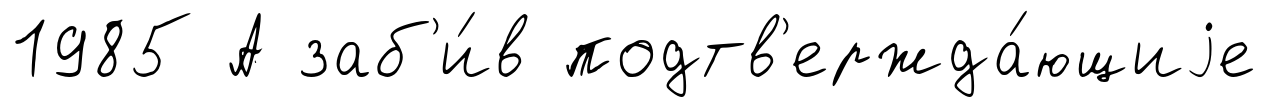
1985 А заб'и́в подтв'ержда́ющиjе